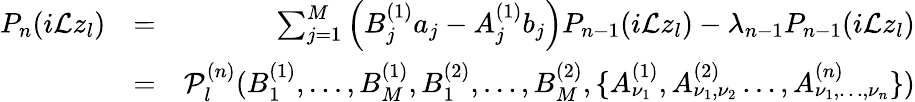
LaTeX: \begin{array}{rlr}{P_{n}(i\mathcal{L}z_{l})}&{=}&{\sum_{j=1}^{M}\left(B_{j}^{(1)}a_{j}-A_{j}^{(1)}b_{j}\right)P_{n-1}(i\mathcal{L}z_{l})-\lambda_{n-1}P_{n-1}(i\mathcal{L}z_{l})}\\ &{=}&{\mathcal{P}_{l}^{(n)}(B_{1}^{(1)},\dots,B_{M}^{(1)},B_{1}^{(2)},\dots,B_{M}^{(2)},\{ A_{\nu_{1}}^{(1)},A_{\nu_{1},\nu_{2}}^{(2)}\dots,A_{\nu_{1},\dots,\nu_{n}}^{(n)}\} )}\end{array}